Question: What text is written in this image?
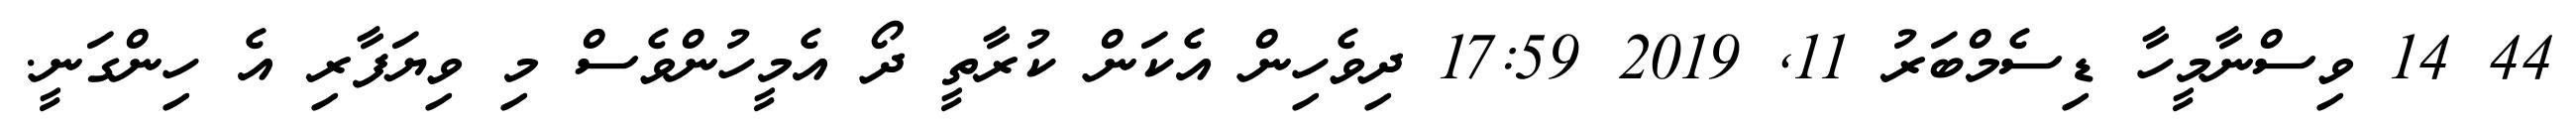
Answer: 44 14 ވިސްނާމީހާ ޑިސެމްބަރު 11, 2019 17:59 ދިވެހިން އެކަން ކުރާތީ ދޯ އެމީހުންވެސް މި ވިޔަފާރި އެ ހިންގަނީ.